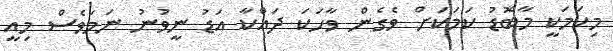
މިކަމަކީ މާބޮޑު ކަމަކަށް ވެގެން ވާހަކަ ދައްކާ އަޑު ނީވުނު ނަމަވެސް މިއީ